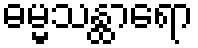
ဓမ္မသန္ထာရော